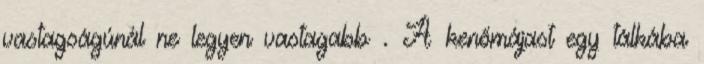
vastagságúnál ne legyen vastagabb . A kenőmájast egy tálkába